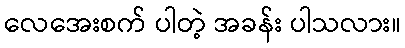
လေအေးစက် ပါတဲ့ အခန်း ပါသလား။